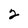
Character: 2